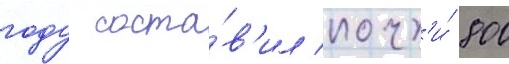
году соста́в'ил почт'и́ 800